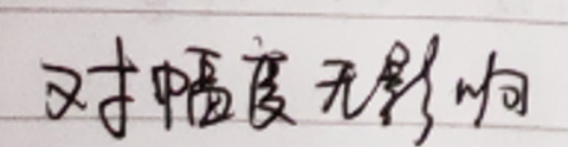
对幅度无影响